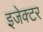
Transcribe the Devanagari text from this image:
इजेक्टर